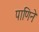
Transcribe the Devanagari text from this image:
पाणिनेः